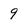
Character: 9